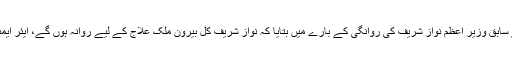
ترجمان مسلم لیگ نواز مریم اورنگزیب نے سابق وزیر اعظم نواز شریف کی روانگی کے بارے میں بتایا کہ نواز شریف کل بیرون ملک علاج کے لیے روانہ ہوں گے، ایئر ایمبولنس بھی کل صبح ہی پاکستان پہنچے گی۔